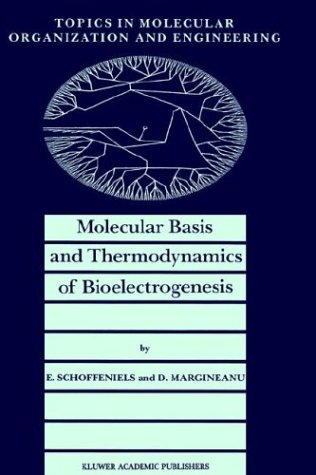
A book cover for Molecular Basis and Thermodynamics of Bioelectrogenesis (Topics in Molecular Organization and Engineering); E. Schoffeniels; Science & Math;